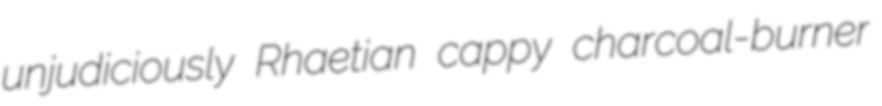
unjudiciously Rhaetian cappy charcoal-burner